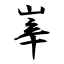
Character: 峷